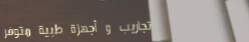
تجاريب و أجهزة طبية متوفر